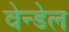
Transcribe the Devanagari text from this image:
वेन्डेल